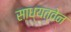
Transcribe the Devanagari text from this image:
साध्यत्वेन